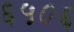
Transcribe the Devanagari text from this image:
६५०६